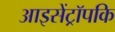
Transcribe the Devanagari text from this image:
आइसेंट्रॉपकि